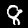
Label: 8